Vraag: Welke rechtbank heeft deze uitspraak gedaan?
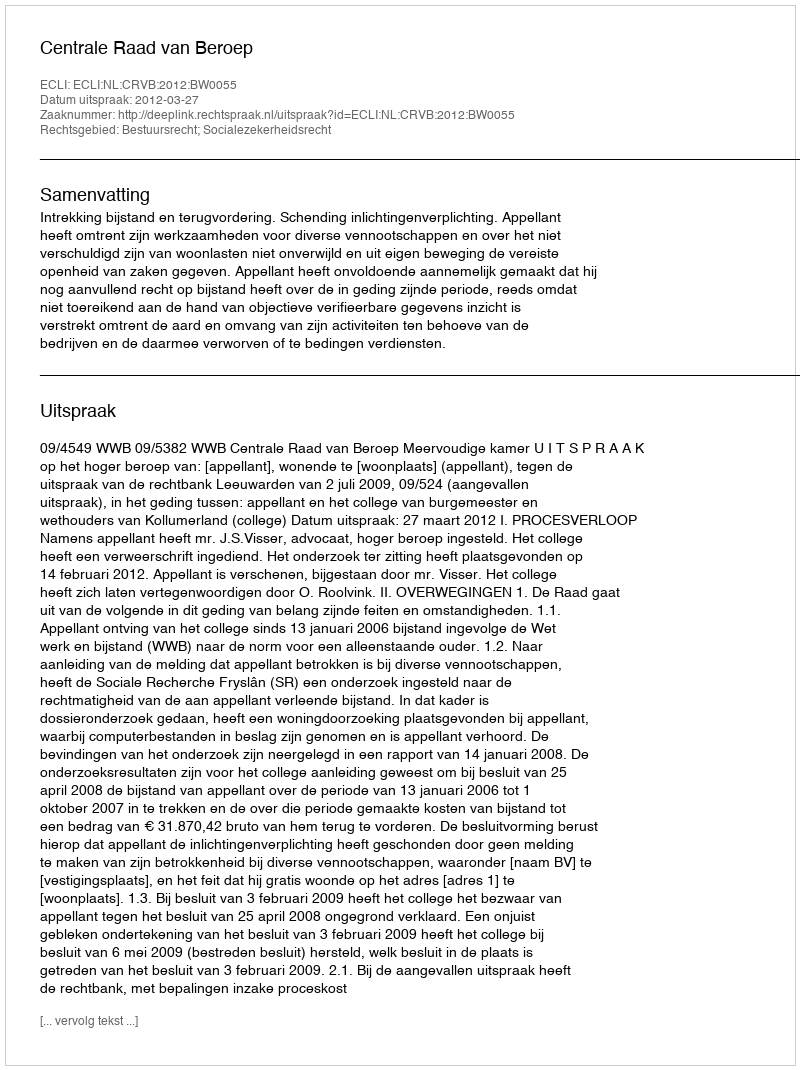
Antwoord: Centrale Raad van Beroep